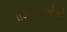
ધડનારાઓએ